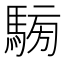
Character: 𩤐